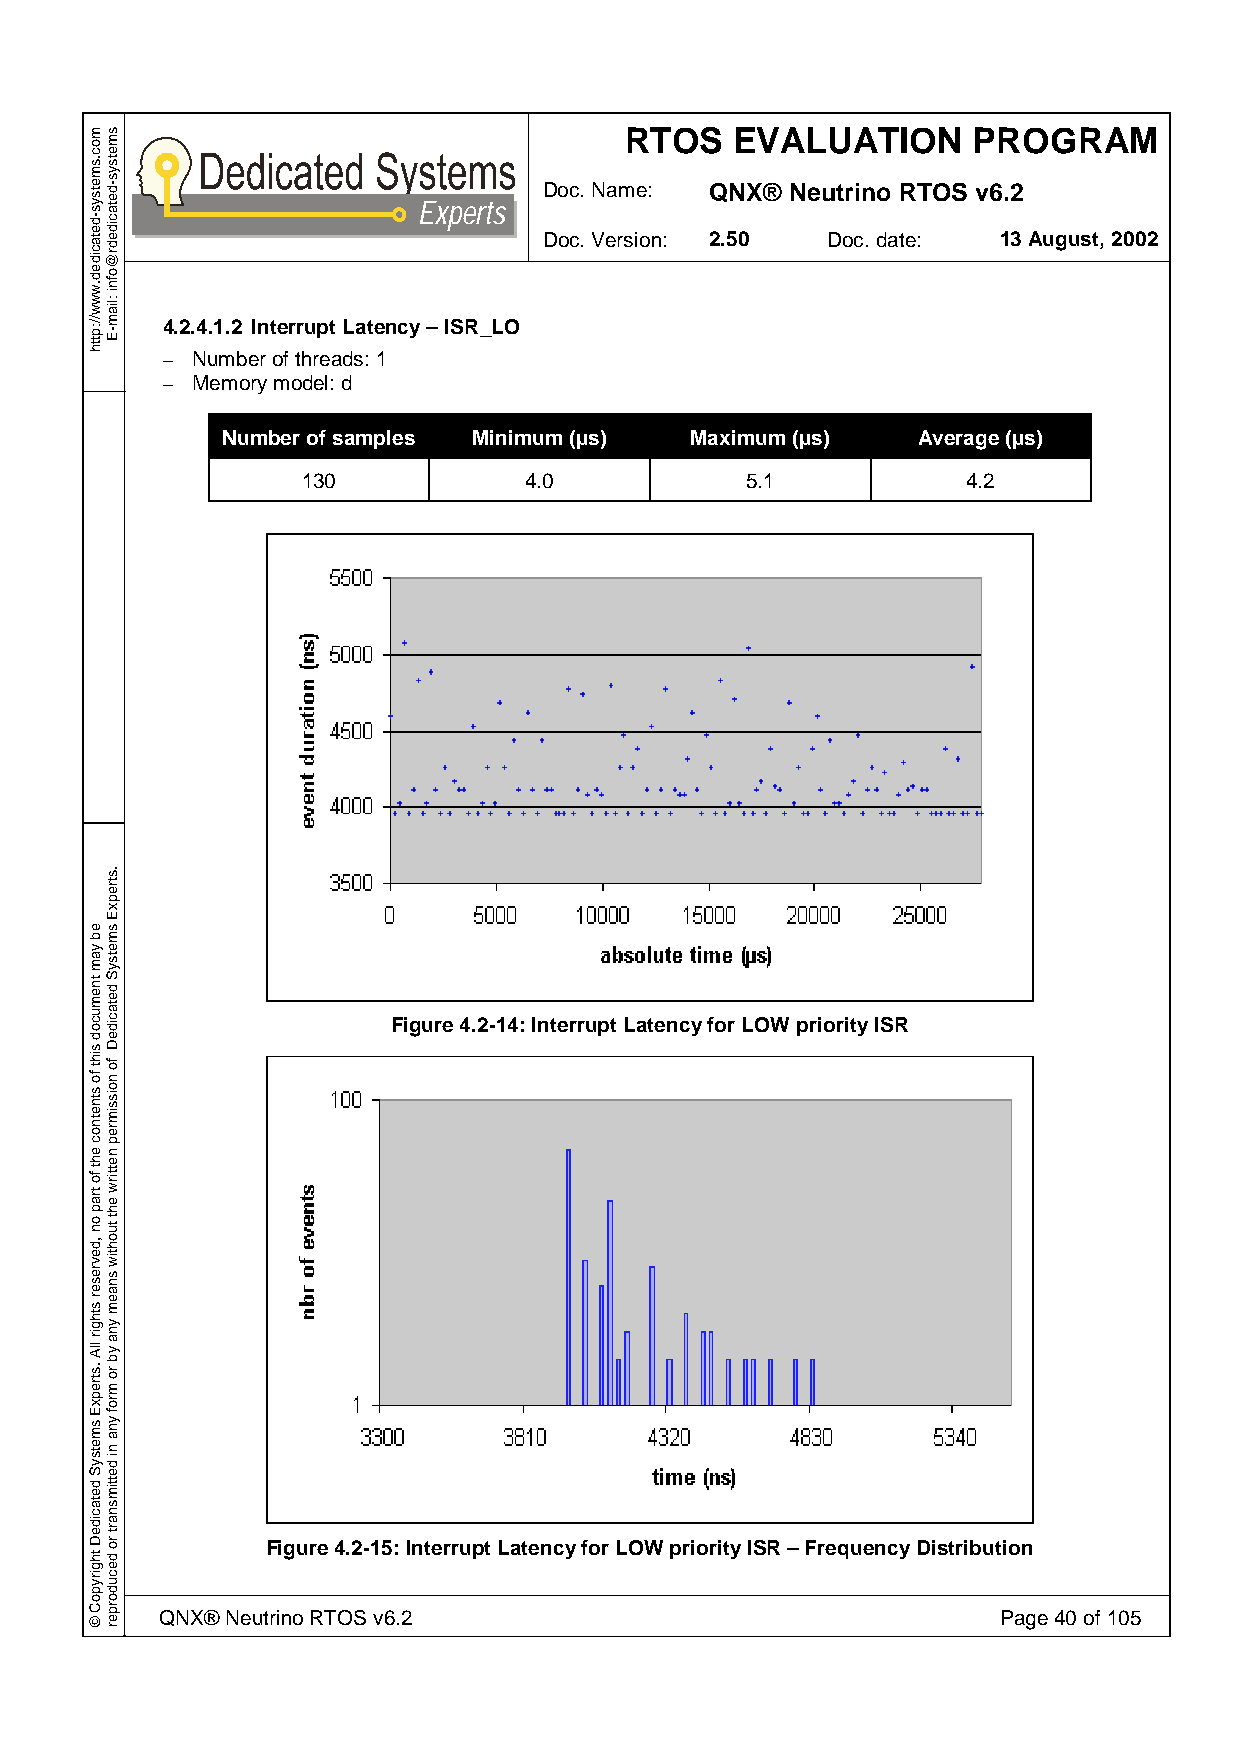
RTOS    EVALUATION     PROGRAM
 Doc. Name: QNX® Neutrino RTOS v6.2
 Experts
 Doc. Version: 2.50 Doc. date: 13 August, 2002
 4.2.4.1.2 Interrupt Latency – ISR_LO
 – Number of threads: 1
 – Memory model: d
 Number of samples Minimum (µs) Maximum (µs)   Average (µs)
 130            4.0           5.1            4.2
 Figure 4.2-14: Interrupt Latency for LOW priority ISR
 Figure 4.2-15: Interrupt Latency for LOW priority ISR – Frequency Distribution
 QNX® Neutrino RTOS v6.2                                Page 40 of 105
 moc.smetsys-detacided.www//:ptth
 eb
 yam
 tnemucod
 siht
 fo
 stnetnoc
 eht
 fo
 trap
 on
 ,devreser
 sthgir
 llA
 .strepxE
 smetsyS
 detacideD
 thgirypoC
 ©
 smetsys-detacidedr@ofni
 :liam-E
 .strepxE
 smetsyS
 detacideD
 fo
 noissimrep
 nettirw
 eht
 tuohtiw
 snaem
 yna
 yb
 ro
 mrof
 yna
 ni
 dettimsnart
 ro
 decudorper